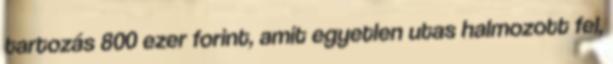
tartozás 800 ezer forint, amit egyetlen utas halmozott fel,